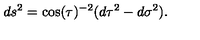
d s ^ { 2 } = \cos ( \tau ) ^ { - 2 } ( d \tau ^ { 2 } - d \sigma ^ { 2 } ) .